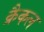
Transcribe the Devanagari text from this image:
क्रैकल